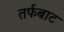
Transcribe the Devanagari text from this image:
तर्फबाट